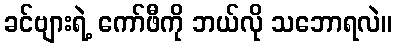
ခင်ဗျားရဲ့ ကော်ဖီကို ဘယ်လို သဘောရလဲ။